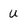
Character: U